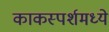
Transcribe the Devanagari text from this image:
काकस्पर्शमध्ये